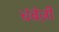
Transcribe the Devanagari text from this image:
चंबेज़ी